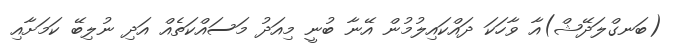
(ބަނގްލަދޭޝް)އާ ވާހަކަ ދައްކައިލުމުން އޭނާ ބުނީ މިއަދު މަސައްކަތެއް އަދި ނުލިބޭ ކަމަށާއި